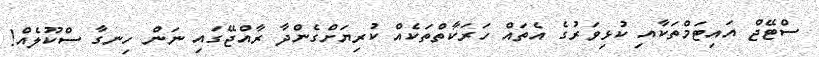
ސްޓޭޖް އައިޓަމްތަކާއި ކުޅިވަރުގެ އެތައް ހަރަކާތްތަކެއް ކުރިޔަށްގެންދާ ރާއްޖޭގައި ނަން ހިނގާ ސްކޫލެއް!